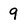
Character: 9